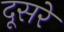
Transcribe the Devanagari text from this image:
दूसरेे